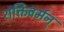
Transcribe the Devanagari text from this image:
शक्तिवर्मन्‌